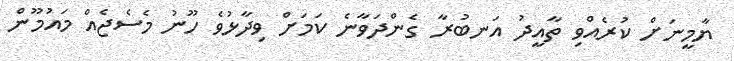
ޔާމީނަށް ކުރެއްވި ތާއީދު އަނބުރާ ގެންދަވާނެ ކަމަށް ވިދާޅުވެ ހޫނު މެސެޖެއް މައުމޫން